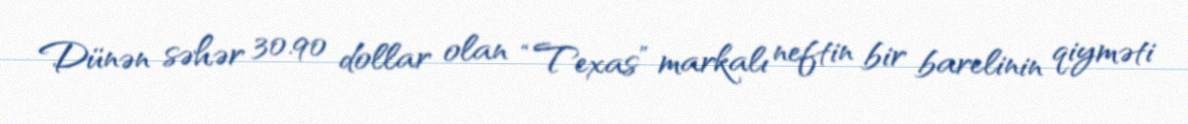
Dünən səhər 30.90 dollar olan “Texas” markalı neftin bir barelinin qiyməti